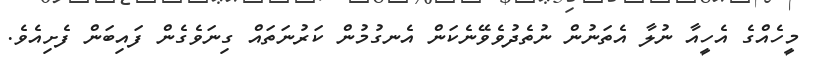
މީހެއްގެ އެހީއާ ނުލާ އެތަނުން ނުތެދުވެވޭނެކަން އެނގުމުން ކަރުނަތައް ގިނަވެގެން ފައިބަން ފެށިއެވެ.